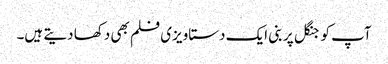
آپ کو جنگل پر بنی ایک دستاویزی فلم بھی دکھا دیتے ہیں۔